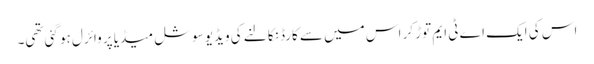
اس کی ایک اے ٹی ایم توڑ کر اس میں سے کارڈ نکالنے کی ویڈیو سوشل میڈیا پر وائرل ہو گئی تھی۔